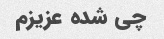
چی شده عزیزم